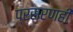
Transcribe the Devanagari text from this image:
प्रसरणही